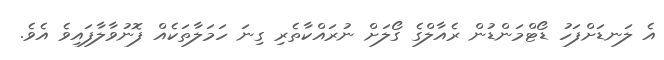
އެ ލަނޑަށްފަހު ޑޯޓްމަންޑުން ރެއާލްގެ ގޯލަށް ނުރައްކާތެރި ގިނަ ހަމަލާތަކެއް ފޮނުވާލާފައިވެ އެވެ.